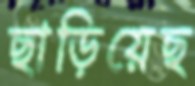
ছাড়িয়েছ